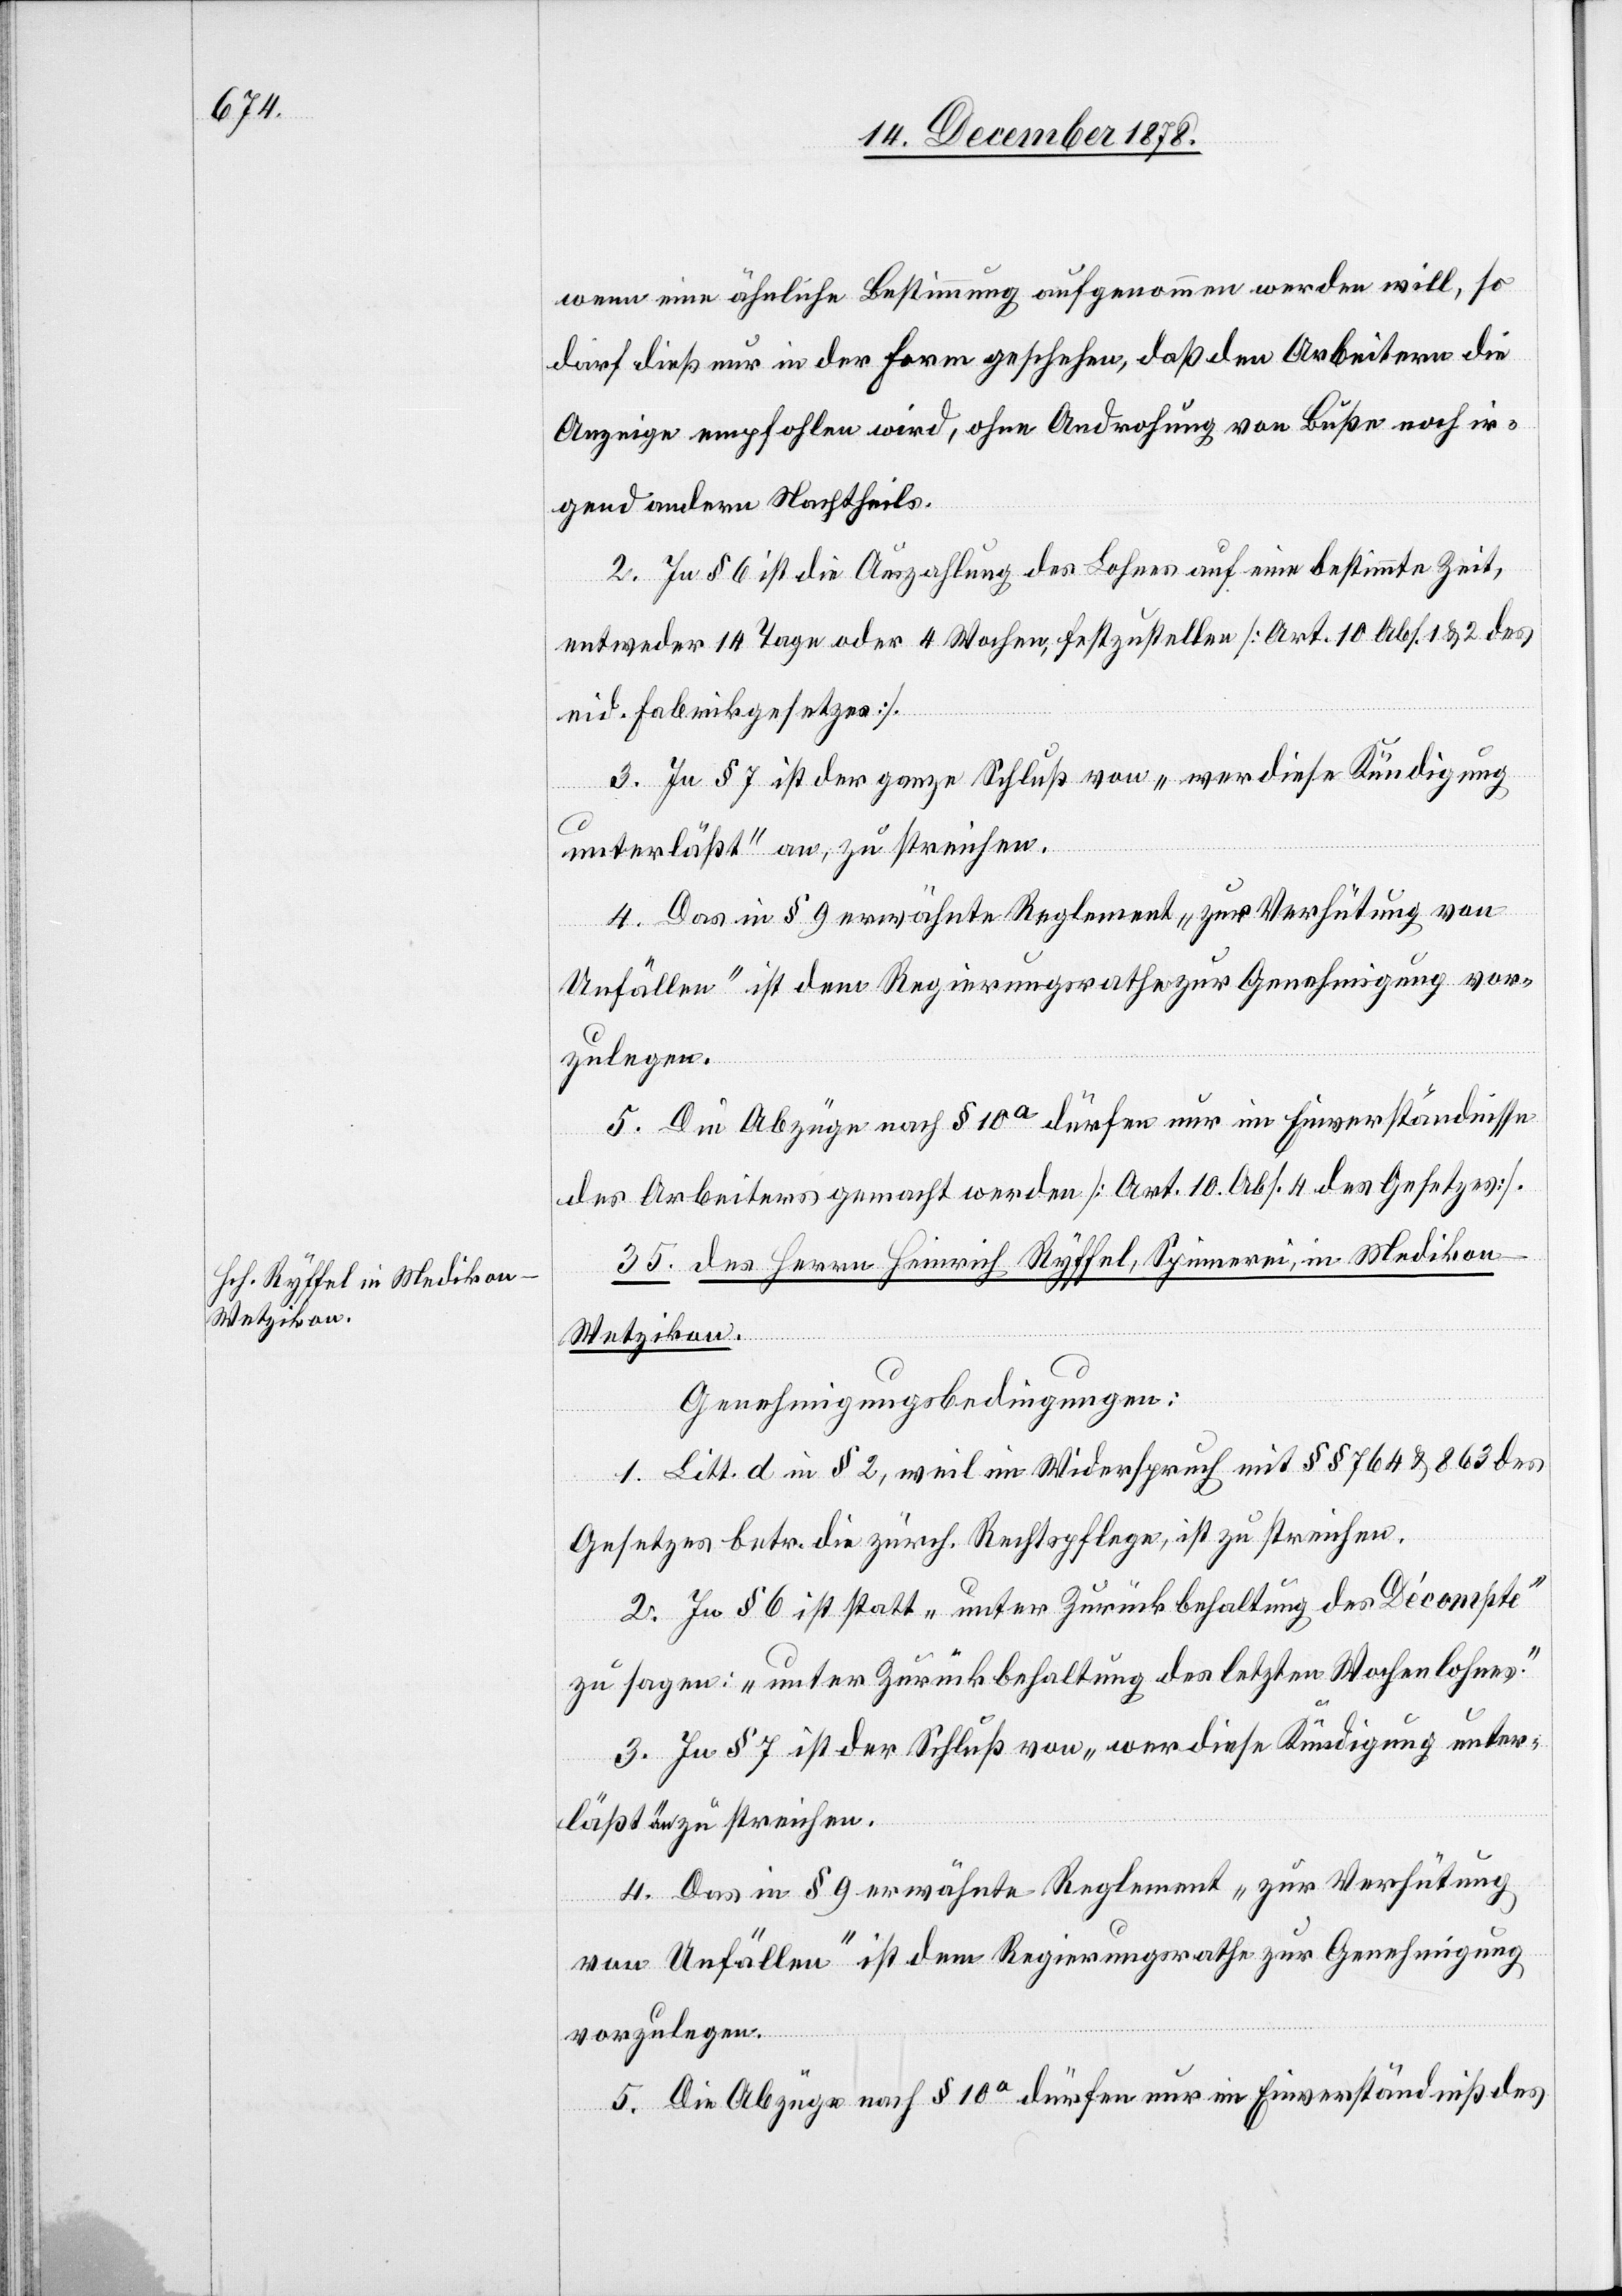
wenn eine ähnliche Bestimmung aufgenommen werden will, so
darf dieß nur in der Form geschehen, daß den Arbeitern die
Anzeige empfohlen wird, ohne Androhung von Buße noch ir¬
gend anderm Nachtheils.
2. In § 6 ist die Auszahlung des Lohnes auf eine bestimmte Zeit,
entweder 14 Tage oder 4 Wochen, festzustellen [Art. 10 Abs. 1 & 2 des
eid. Fabrikgesetzes].
3. In § 7 ist der ganze Schluß von „wer diese Kündigung
des
unterlässt“ an, zu streichen.
4. Das in § 9 erwähnte Reglement „zur Verhütung von
Unfällen“ ist dem Regierungsrathe zur Genehmigung vor¬
zulegen.
5. Die Abzüge nach § 10a dürfen nur im Einverständnisse
des Arbeiters gemacht werden [Art. 10 Abs. 4 des Gesetzes].
35. des Herren Heinrich Ryffel, Spinnerei, in Medikon
Wetzikon.
Genehmigungsbedingungen:
1. Litt. d in § 2 ist, weil im Widerspruch mit den §§ 764 & 863 des
Gesetzes betr. die zürch. Rechtspflege, zu streichen.
2. In § 6 ist statt „unter Zurückbehaltung des Décompte“
zu sagen: „unter Zurückbehaltung des letzten Wochenlohnes“.
3. In § 7 ist der Schluß von „wer diese Kündigung unter¬
kordnung.]
läßt" an, zu streichen.
4. Das in § 9 erwähnte Reglement „zur Verhütung
von Unfällen“ ist dem Regierungsrathe zur Genehmigung
vorzulegen.